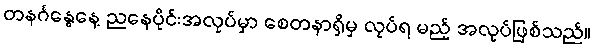
တနင်္ဂနွေနေ့ ညနေပိုင်းအလုပ်မှာ စေတနာရှိမှ လုပ်ရ မည့် အလုပ်ဖြစ်သည်။